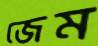
জেম